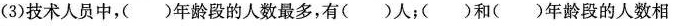
(3)技术人员中，()年龄段的人数最多，有( )人；( )和( )年龄段的人数相